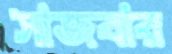
সাজবার